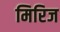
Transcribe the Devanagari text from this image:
मिरिज